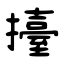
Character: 擡